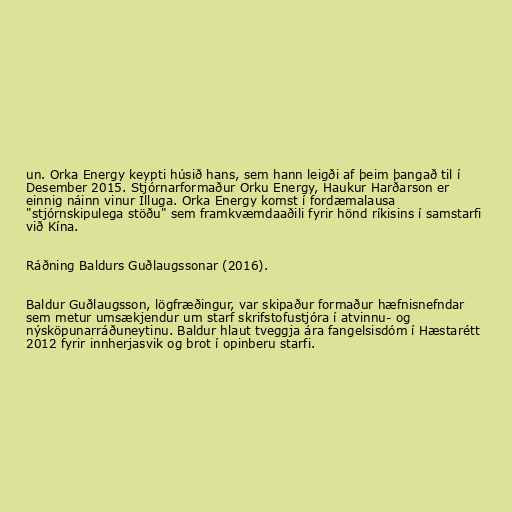
un. Orka Energy keypti húsið hans, sem hann leigði af þeim þangað til í
Desember 2015. Stjórnarformaður Orku Energy, Haukur Harðarson er
einnig náinn vinur Illuga. Orka Energy komst í fordæmalausa
"stjórnskipulega stöðu" sem framkvæmdaaðili fyrir hönd ríkisins í samstarfi
við Kína.

Ráðning Baldurs Guðlaugssonar (2016).

Baldur Guðlaugsson, lögfræðingur, var skipaður formaður hæfnisnefndar
sem metur umsækjendur um starf skrifstofustjóra í atvinnu- og
nýsköpunarráðuneytinu. Baldur hlaut tveggja ára fangelsisdóm í Hæstarétt
2012 fyrir innherjasvik og brot í opinberu starfi.